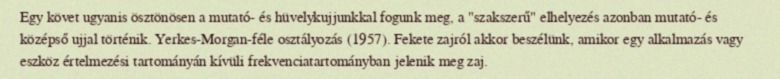
Egy követ ugyanis ösztönösen a mutató- és hüvelykujjunkkal fogunk meg, a "szakszerű" elhelyezés azonban mutató- és középső ujjal történik. Yerkes-Morgan-féle osztályozás (1957). Fekete zajról akkor beszélünk, amikor egy alkalmazás vagy eszköz értelmezési tartományán kívüli frekvenciatartományban jelenik meg zaj.